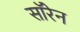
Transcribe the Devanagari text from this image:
सॉरेन